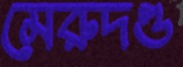
মেরুদণ্ড